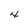
Character: 4